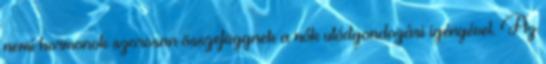
nemi hormonok szorosan összefüggnek a nők utódgondozási igényével. Az